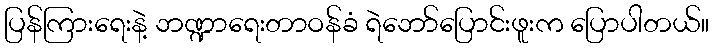
ပြန်ကြားရေးနဲ့ ဘဏ္ဍာရေးတာဝန်ခံ ရဲဘော်ပြောင်းဖူးက ပြောပါတယ်။